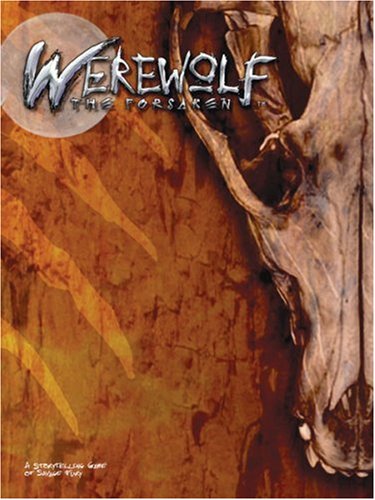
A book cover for Werewolf: The Forsaken; White Wolf; Science Fiction & Fantasy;